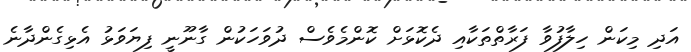
އަދި މިކަން ހިލާފުވާ ފަރާތްތަކާއި ދެކޮޅަށް ކޮންމެވެސް ދުވަހަކުން ގާނޫނީ ފިޔަވަޅު އެޅިގެންދާނެ